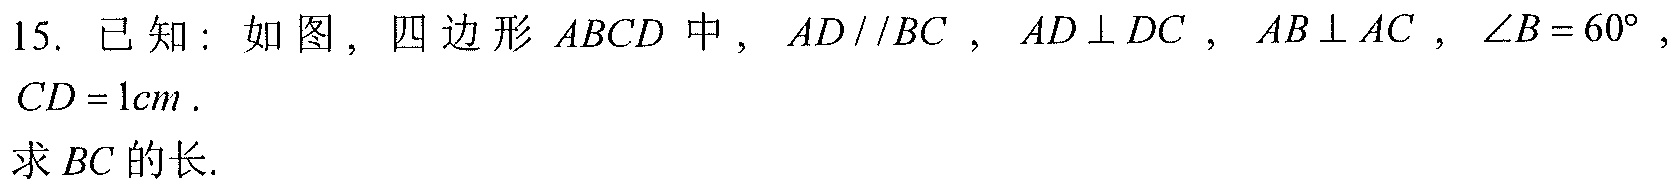
15. 已知：如图，四边形 \(ABCD\) 中，\(AD//BC\)，\(AD\perp DC\)，\(AB\perp AC\)，\(\angle B = 60^{\circ}\)，\(CD = 1cm\).
求 \(BC\) 的长.